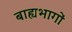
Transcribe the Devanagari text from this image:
बाह्यभागों